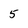
Character: 5